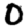
Digit: 0